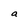
Character: a